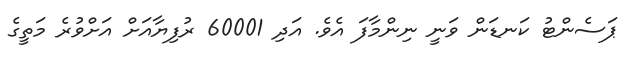
ޕަސެންޓު ކަނޑަން ވަނީ ނިންމާފަ އެވެ. އަދި 60001 ރުފިޔާއަށް އަށްވުރެ މަތީގެ